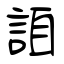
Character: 詯